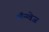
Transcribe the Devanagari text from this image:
लॅन्ग्वेज